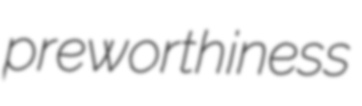
preworthiness